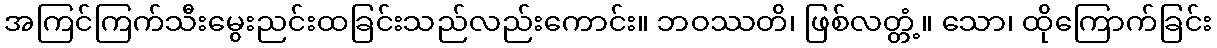
အကြင်ကြက်သီးမွေးညင်းထခြင်းသည်လည်းကောင်း။ ဘဝဿတိ၊ ဖြစ်လတ္တံ့။ သော၊ ထိုကြောက်ခြင်း